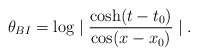
\begin{align*}\theta_{BI}= \log \mid \frac{\cosh(t-t_0)}{\cos (x-x_0)} \mid.\end{align*}